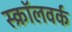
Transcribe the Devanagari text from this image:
स्क्रॉलवर्क